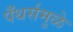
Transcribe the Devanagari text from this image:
पँथर्समुळे